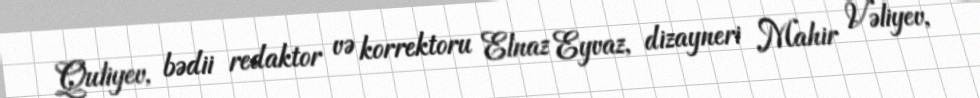
Quliyev, bədii redaktor və korrektoru Elnaz Eyvaz, dizayneri Mahir Vəliyev,